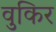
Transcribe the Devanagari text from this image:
वुकिर